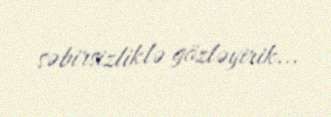
səbirsizliklə gözləyirik...